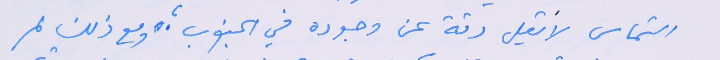
التماس لا يَقل دقة عن وجوده في الجنوب ؛ ومع ذلك لم